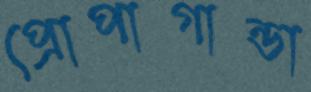
প্রোপাগান্ডা